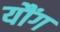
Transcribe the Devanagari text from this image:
यौंग